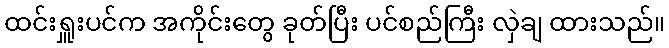
ထင်းရှူးပင်က အကိုင်းတွေ ခုတ်ပြီး ပင်စည်ကြီး လှဲချ ထားသည်။